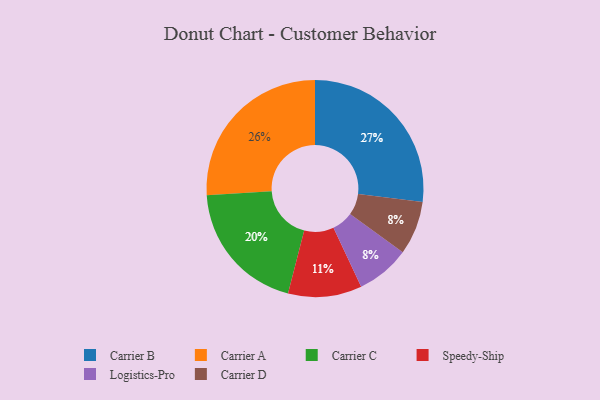
{"axis": {"x": "Category", "y": "Percentage"}, "legend": ["Carrier A", "Carrier B", "Carrier C", "Carrier D", "Logistics-Pro", "Speedy-Ship"], "data": [{"x": "Logistics-Pro", "y": 8, "type": "Logistics-Pro"}, {"x": "Carrier C", "y": 20, "type": "Carrier C"}, {"x": "Carrier D", "y": 8, "type": "Carrier D"}, {"x": "Carrier A", "y": 26, "type": "Carrier A"}, {"x": "Carrier B", "y": 27, "type": "Carrier B"}, {"x": "Speedy-Ship", "y": 11, "type": "Speedy-Ship"}]}